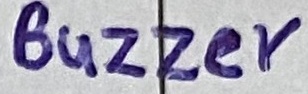
Text: Buzzer